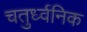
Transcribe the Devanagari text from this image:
चतुर्ध्वनिक